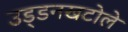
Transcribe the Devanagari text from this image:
उड़्डनखटोले